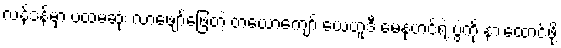
လန်ဒန်မှာ ပထမဆုံး လာဖျော်ဖြေတဲ့ တယောကျော် ယေဟူဒီ မေနုဟင်ရဲ့ ပွဲကို နားထောင်ဖို့